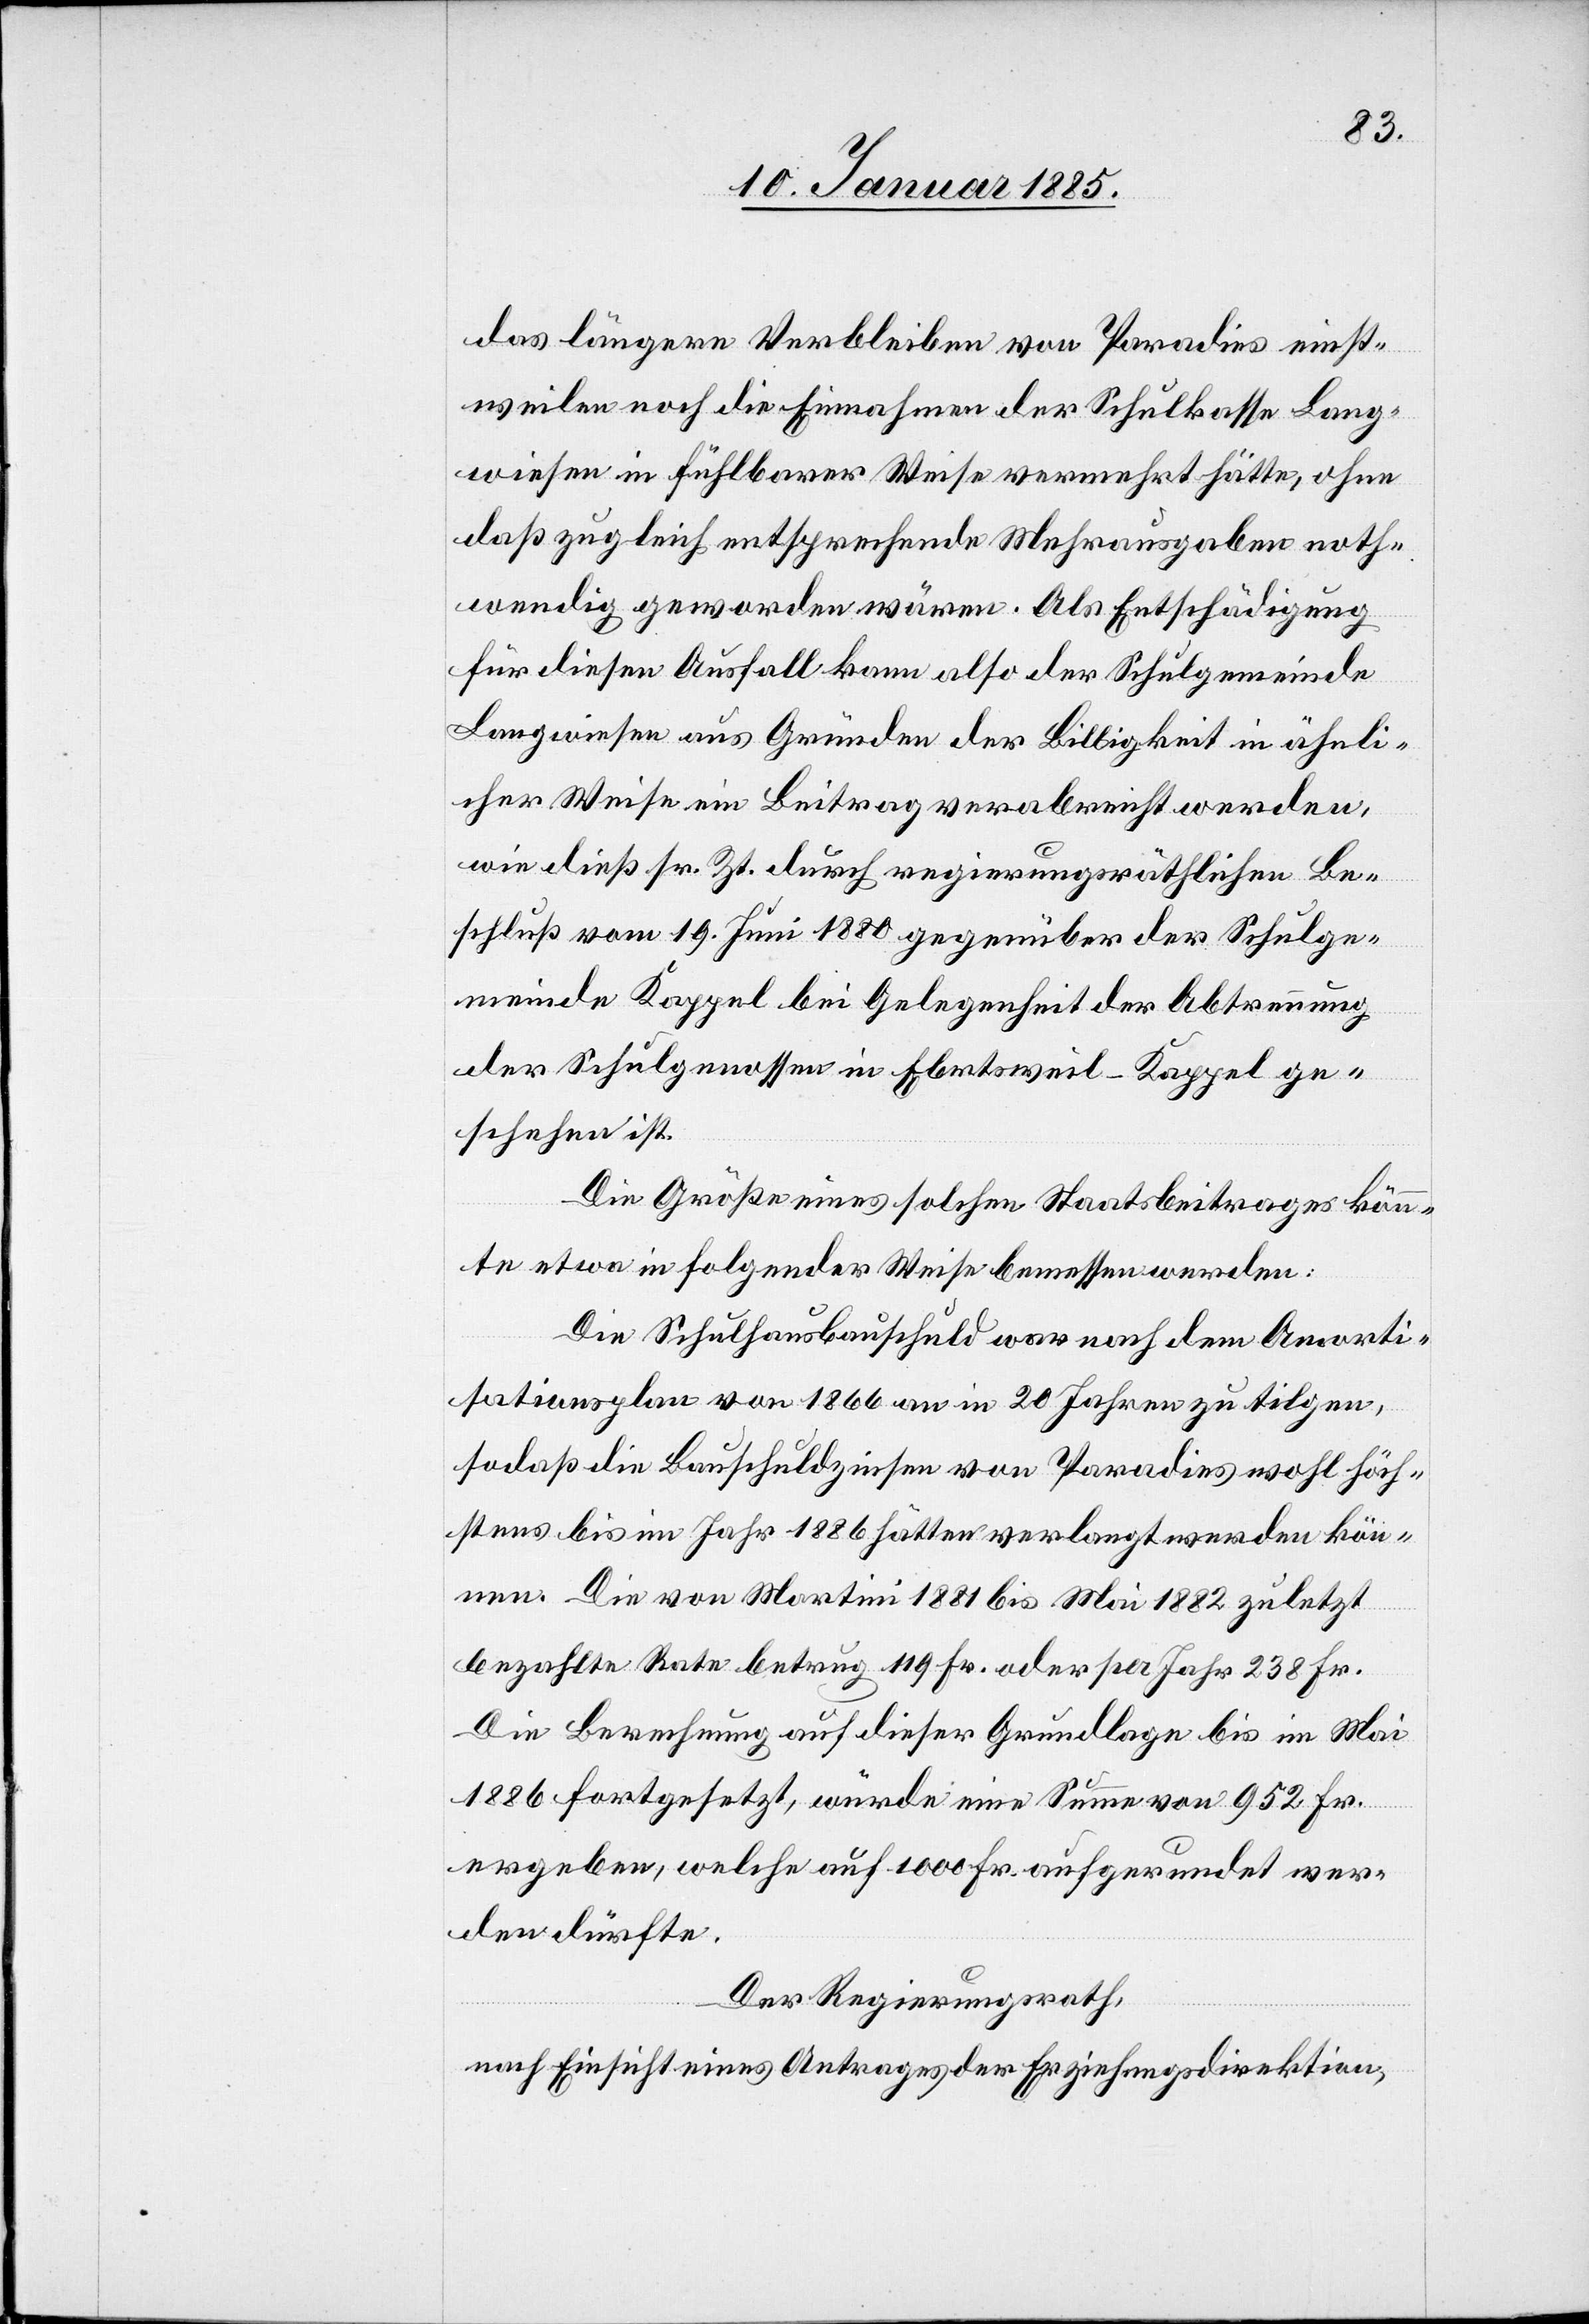
das längere Verbleiben von Paradies einst¬
weilen noch die Einnahmen der Schulkasse Lang¬
wiesen in fühlbarer Weise vermehrt hätte, ohne
daß zugleich entsprechende Mehrausgaben noth¬
wendig geworden wären. Als Entschädigung
für diesen Ausfall kann also der Schulgemeinde
Langwiesen aus Gründen der Billigkeit in ähnli¬
cher Weise ein Beitrag verabreicht werden,
wie dieß sr. Zt. durch regierungsräthlichen Be¬
schluß vom 19. Juni 1880 gegenüber der Schulge¬
meinde Kappel bei Gelegenheit der Abtrennung
der Schulgenossen in Eb[e]rtsweil - Kappel ge¬
schehen ist.
Die Größe eines solchen Staatsbeitrages könn¬
te etwa in folgender Weise bemessen werden:
Die Schulhausbauschuld war nach dem Amorti¬
sationsplan von 1866 an in 20 Jahren zu tilgen,
sodaß die Bauschuldzinsen von Paradies wohl höch¬
stens bis im Jahr 1886 hätten verlangt werden kön¬
nen. Die von Martini 1881 bis Mai 1882 zuletzt
bezahlte Rate betrug 119 Fr. oder per Jahr 238 Fr.
Die Berechnung auf dieser Grundlage bis im Mai
1886 fortgesetzt, würde eine Summe von 952 Fr.
ergeben, welche auf 1000 Fr. aufgerundet wer¬
den dürfte.
Der Regierungsrath,
nach Einsicht eines Antrages der Erziehungsdirektion,